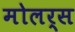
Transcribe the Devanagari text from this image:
मोलर्स